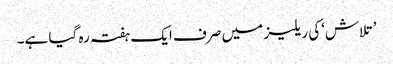
’تلاش‘کی ریلیز میں صرف ایک ہفتہ رہ گیا ہے۔